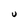
Character: U